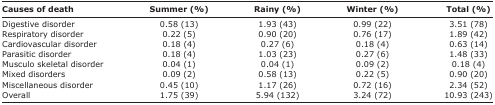
| Causes of death | Summer (%) | Rainy (%) | Winter (%) | Total (%) |
 | --- | --- | --- | --- | --- |
 | Digestive disorder | 0.58 (13) | 1.93 (43) | 0.99 (22) | 3.51 (78) |
 | Respiratory disorder | 0.22 (5) | 0.90 (20) | 0.76 (17) | 1.89 (42) |
 | Cardiovascular disorder | 0.18 (4) | 0.27 (6) | 0.18 (4) | 0.63 (14) |
 | Parasitic disorder | 0.18 (4) | 1.03 (23) | 0.27 (6) | 1.48 (33) |
 | Musculo skeletal disorder | 0.04 (1) | 0.04 (1) | 0.09 (2) | 0.18 (4) |
 | Mixed disorders | 0.09 (2) | 0.58 (13) | 0.22 (5) | 0.90 (20) |
 | Miscellaneous disorder | 0.45 (10) | 1.17 (26) | 0.72 (16) | 2.34 (52) |
 | Overall | 1.75 (39) | 5.94 (132) | 3.24 (72) | 10.93 (243) |